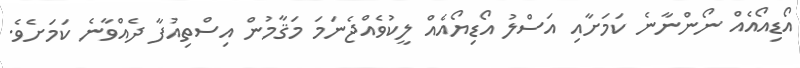
އޯޑިއޯއެއް ނޯންނާނެ ކަމަށާއި އަސްލު އޯޑިޔޯއެއް ލީކުވެއްޖެނަމަ މަޤާމުން އިސްތިއުފާ ދެއްވާނެ ކަމަށެވެ.